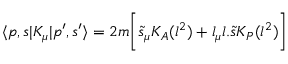
\langle p , s | K _ { \mu } | p ^ { \prime } , s ^ { \prime } \rangle = 2 m \biggl [ { \tilde { s } } _ { \mu } K _ { A } ( l ^ { 2 } ) + l _ { \mu } l . { \tilde { s } } K _ { P } ( l ^ { 2 } ) \biggr ]